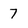
Character: 7